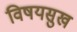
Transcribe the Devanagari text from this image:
विषयसुख